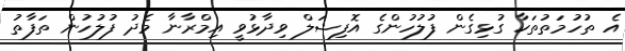
އެ ތުހުމަތުތަކާ ގުޅިގެން ފުލުހުންގެ އޮފިޝަލް ވިދާޅުވީ އިމްރާނާ މެދު ފުލުހުން ތަފާތު